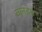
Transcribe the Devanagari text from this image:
वानडेन